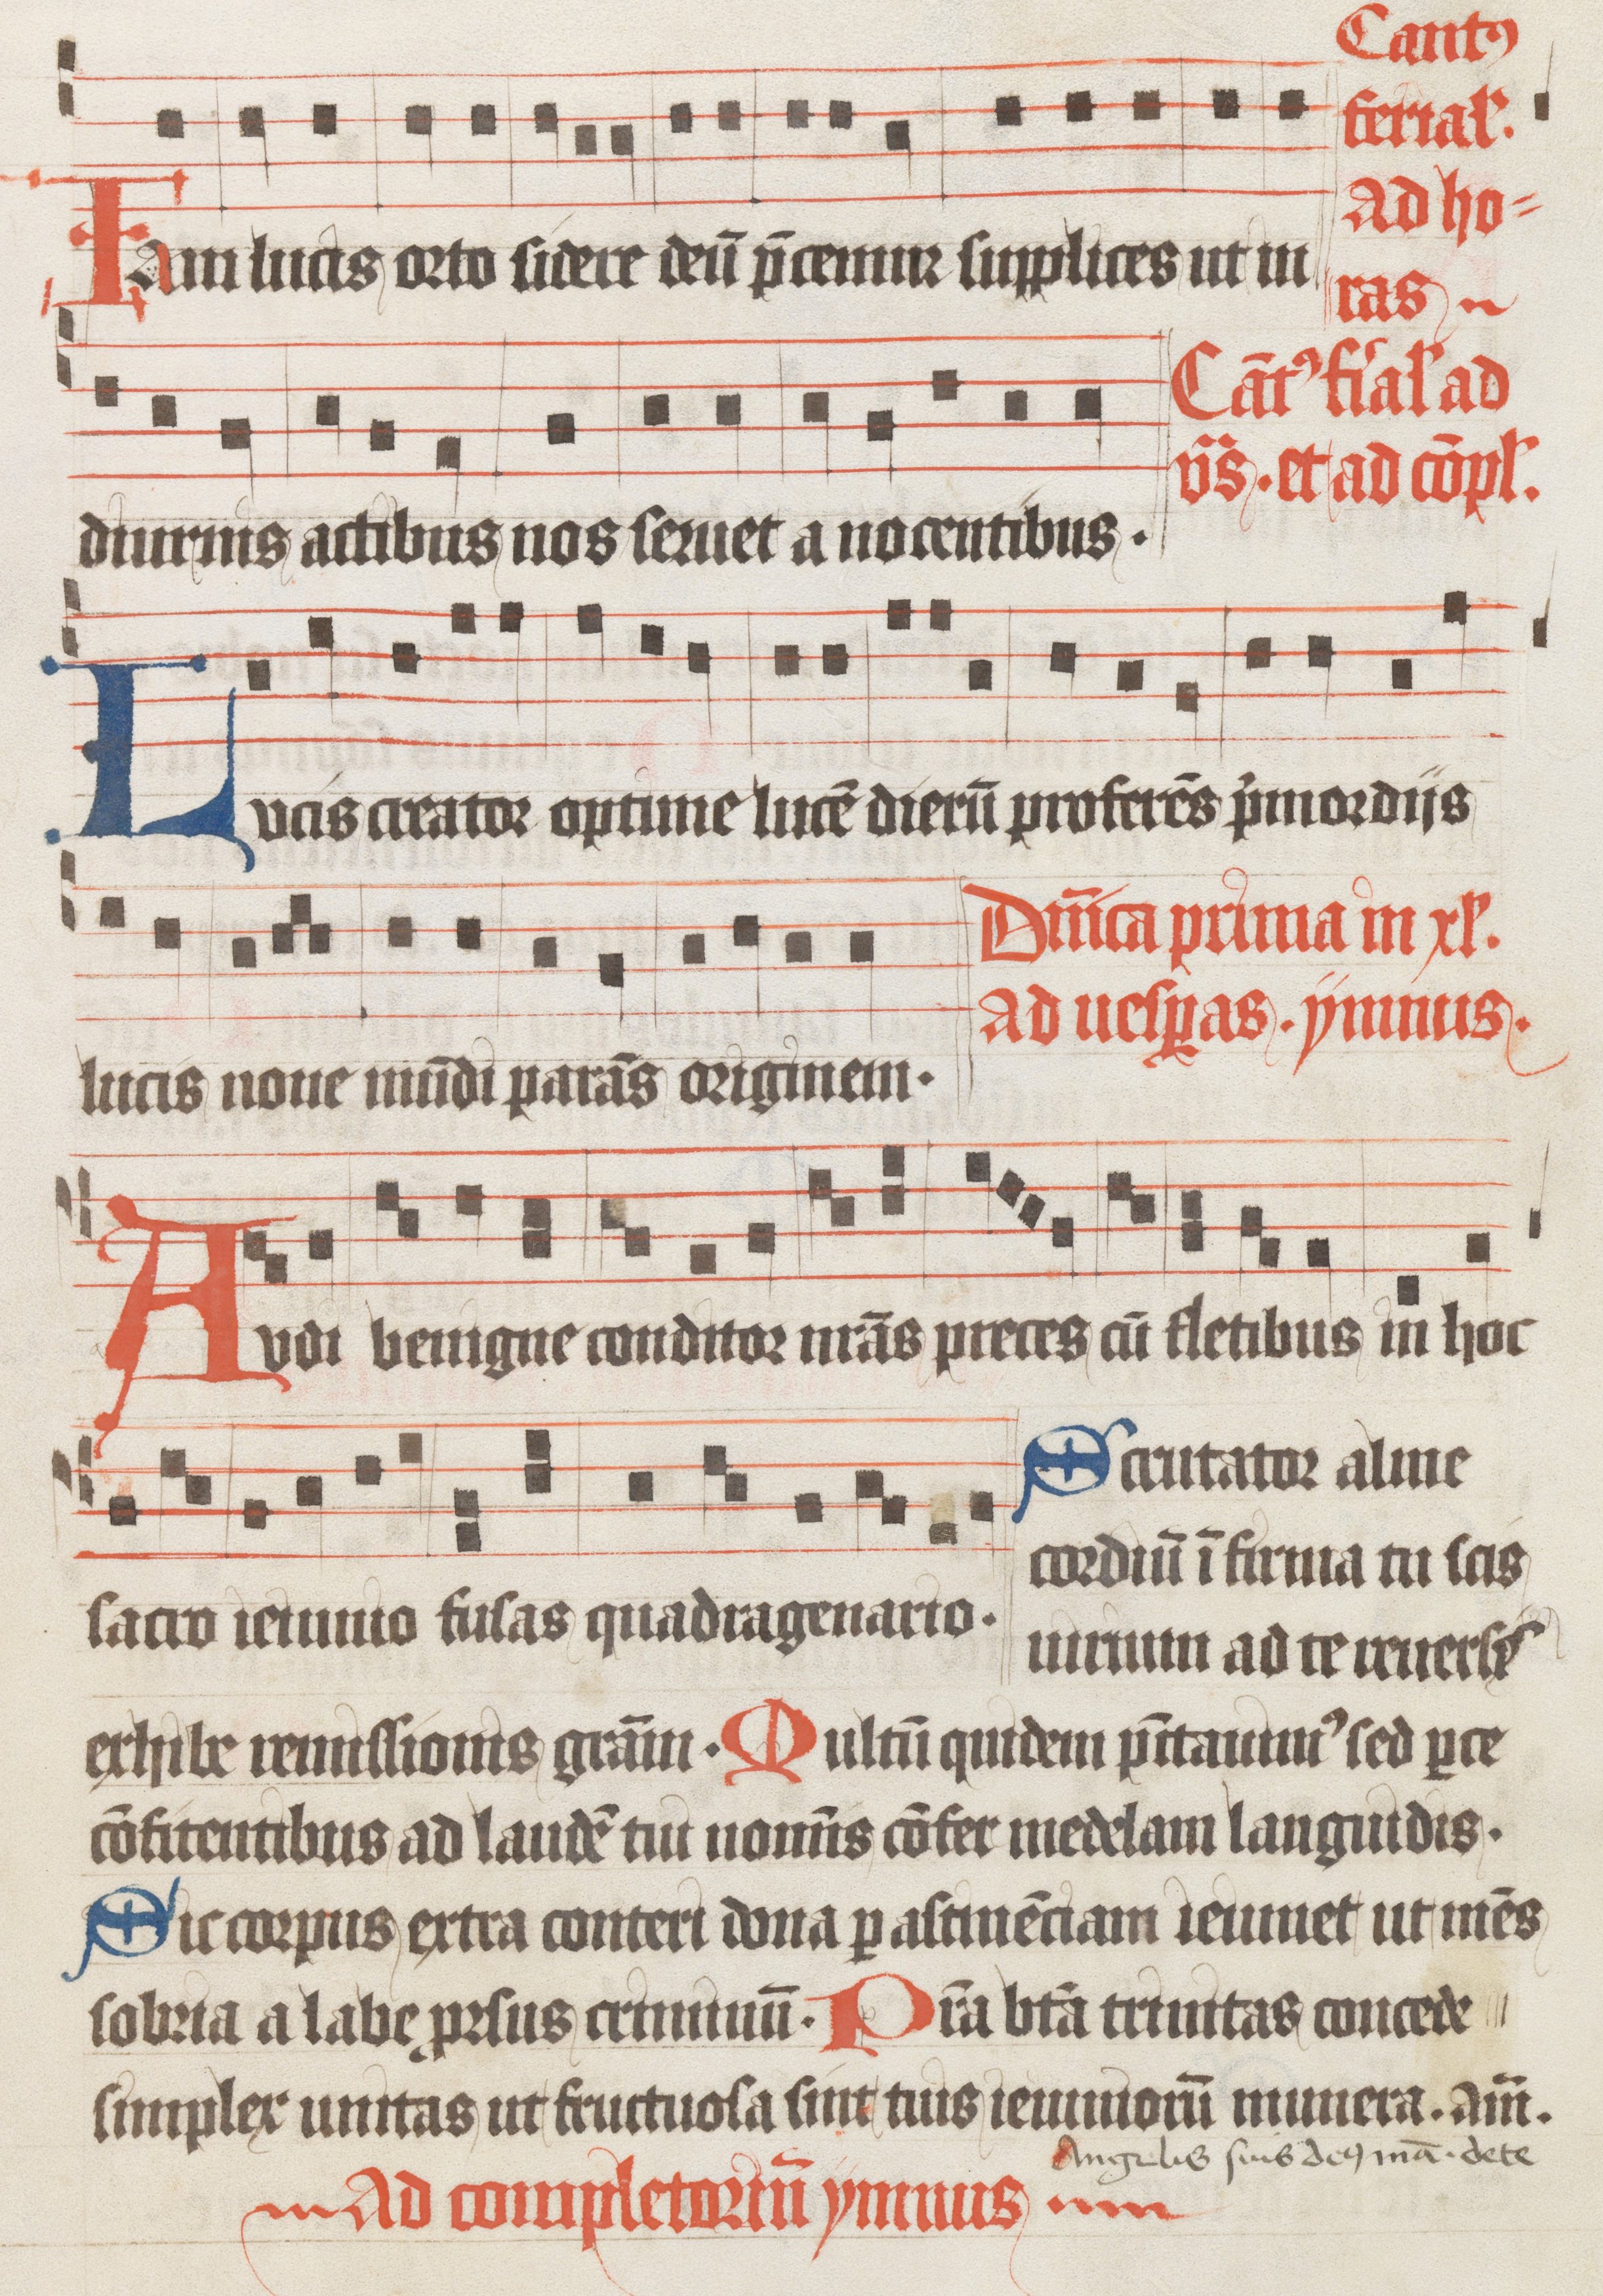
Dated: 1485–1515